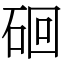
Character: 硘